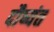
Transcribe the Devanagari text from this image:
दौष्यंत